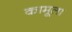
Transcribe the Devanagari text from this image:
कामूला